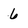
Character: 6